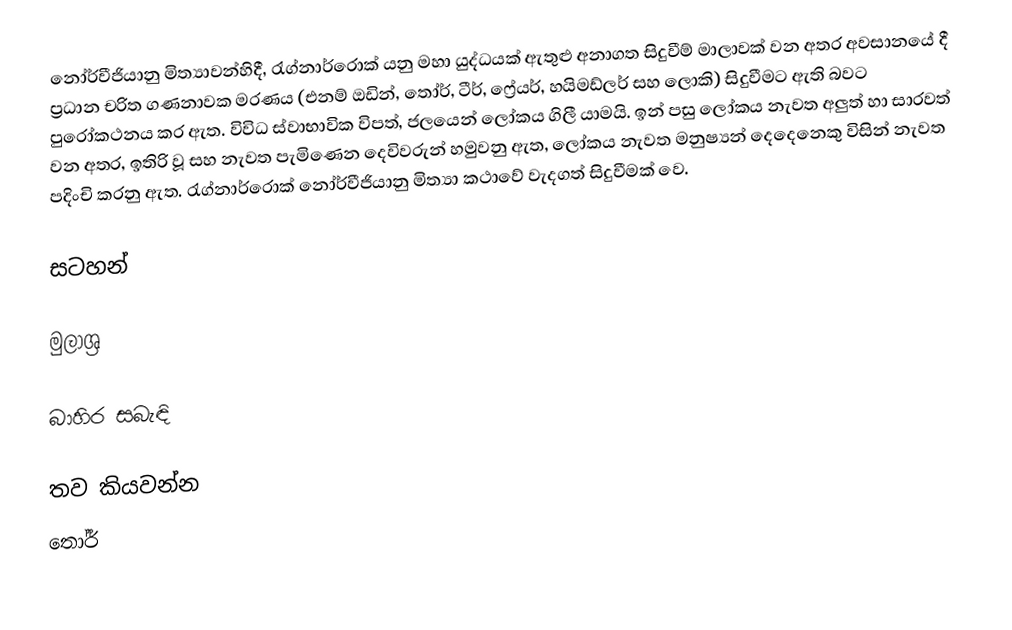
නෝර්වීජියානු මිත්‍යාවන්හිදී, රැග්නාර්රොක් යනු මහා යුද්ධයක් ඇතුළු අනාගත සිදුවීම් මාලාවක් වන අතර අවසානයේ දී ප්‍රධාන චරිත ගණනාවක මරණය (එනම් ඔඩින්, තෝර්, ටීර්, ෆ්‍රේයර්, හයිමඩ්ලර් සහ ලොකි)   සිදුවීමට ඇති බවට පුරෝකථනය කර ඇත. විවිධ ස්වාභාවික විපත්,  ජලයෙන් ලෝකය ගිලී යාමයි. ඉන් පසු ලෝකය නැවත අලුත් හා සාරවත් වන අතර, ඉතිරි වූ සහ නැවත පැමිණෙන දෙවිවරුන් හමුවනු ඇත, ලෝකය නැවත මනුෂ්‍යන් දෙදෙනෙකු විසින් නැවත පදිංචි කරනු ඇත. රැග්නාර්රොක් නෝර්වීජියානු මිත්‍යා කථාවේ වැදගත් සිදුවීමක් වෙ.

සටහන්

මුලාශ්‍ර

බාහිර සබැඳි

තව කියවන්න
තෝර්